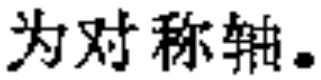
为对称轴。